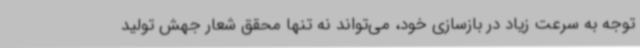
توجه به سرعت زیاد در بازسازی خود، می‌تواند نه تنها محقق شعار جهش تولید